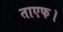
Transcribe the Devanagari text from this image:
ताएफ।